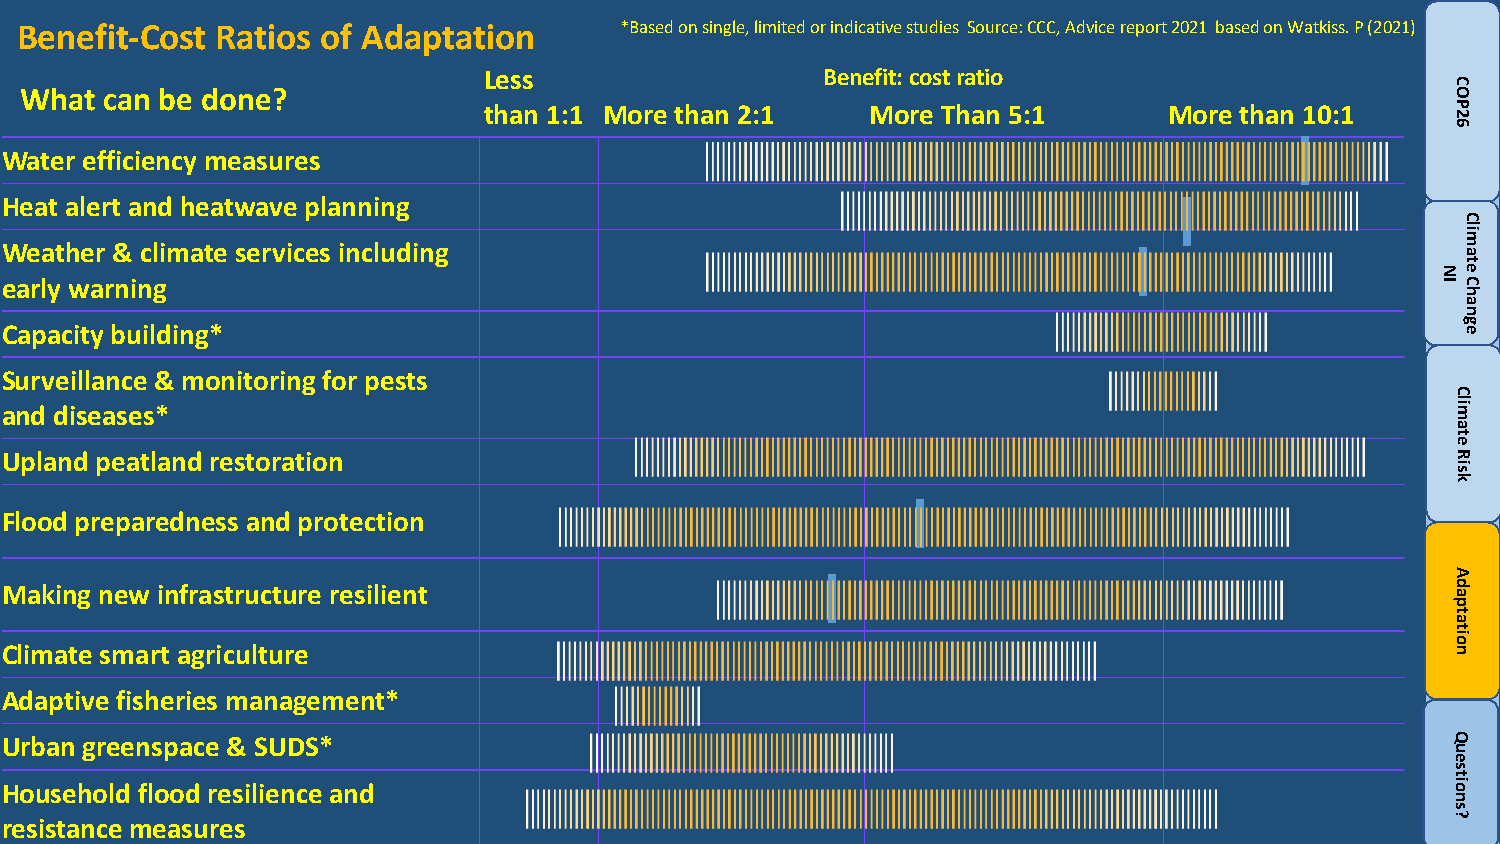
Benefit-Cost Ratios of Adaptation       *Based on single, limited or indicative studies Source: CCC, Advice report 2021 based on Watkiss. P (2021)
 Less                  Benefit: cost ratio
 What  can be done?
 than 1:1 More than 2:1    More Than 5:1      More than 10:1
 Water efficiency measures
 Heat alert and heatwave planning
 Weather & climate services including
 early warning
 Capacity building*
 Surveillance & monitoring for pests
 and diseases*
 Upland peatland restoration
 Flood preparedness and protection
 Making new infrastructure resilient
 Climate smart agriculture
 Adaptive fisheries management*
 Urban greenspace & SUDS*
 Household flood resilience and
 resistance measures
 NI
 COP26
 Climate
 Risk
 Adaptation
 Questions?
 Climate
 Change